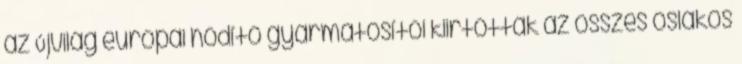
az Újvilág európai hódító gyarmatosítói kiirtották az összes őslakos